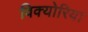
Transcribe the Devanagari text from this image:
विक्योरिया